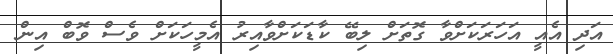
އަދި އެއީ އަހަރަކަށްވާ ގޮތަށް ލިބޭ ކާޑަކަށްވާއިރު އެމީހަކަށް ވެސް ވޮބް އިން